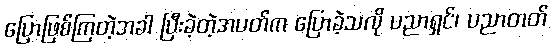
ပြောဖြစ်ကြတဲ့အခါ ပြီးခဲ့တဲ့အပတ်က ပြောခဲ့သလို ပညာရှင်၊ ပညာတတ်